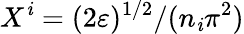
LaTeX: X^{\mathit{i}}=(2\varepsilon)^{1/2}/(n_{\mathit{i}}\pi^{2})